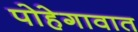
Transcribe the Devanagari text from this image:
पोहेगावात